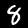
Label: 8